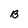
Character: B